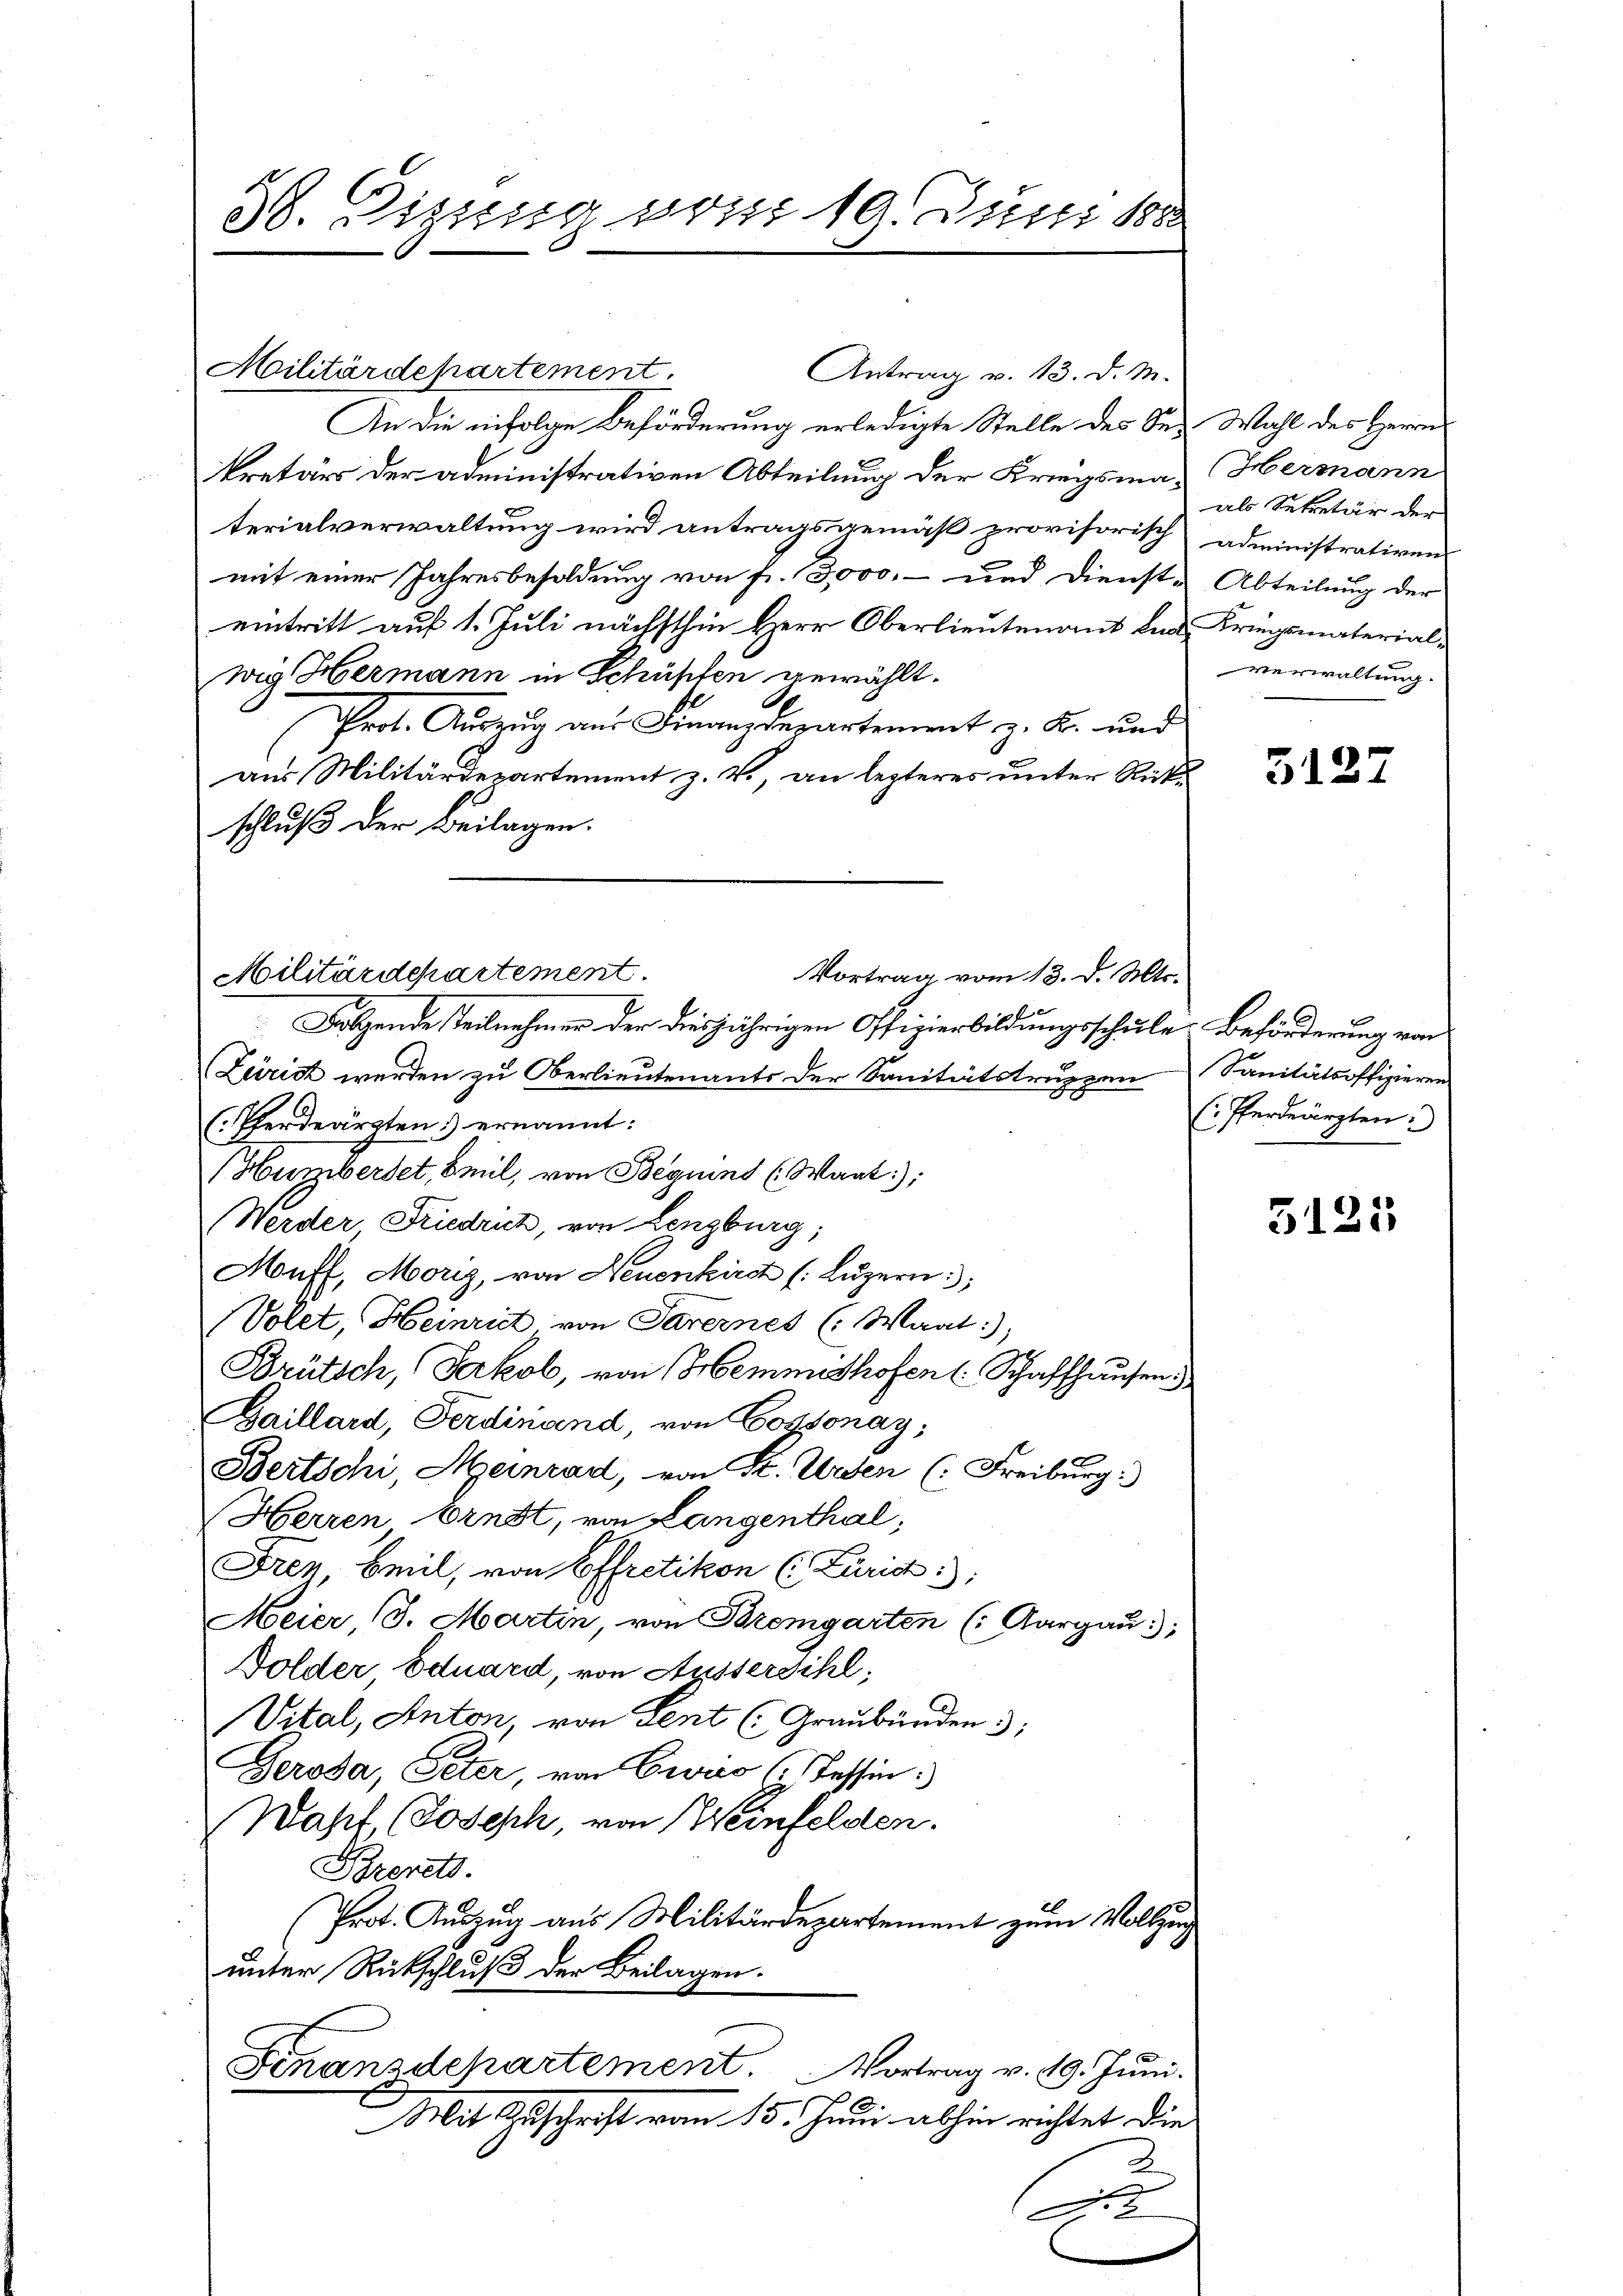
38. Diessung vom 10. Juni 188

Militärdehartement.
Antrag v. 13. d. M.
An die infolge Beförderung erledigte Stelle des Sekretärs der administrativen Abteilung der Kriegsma- Hermann
terialverwaltung wird antragsgemäß provisorisch administrativen
mit einer Jahresbesoldung von fr. 3,000, und Dienst-Abteilung der
eintritt auf 1. Juli nächsthin Herr Oberlieutenant der Kriegsmaterialwig Hermann in Schüpfen gewählt.
Prot. Auszug aus Finanzdepartement z. K. und
aus Militärdepartement z. V., an lezteres unter Rücks
schluß der Beilagen.
Militärdepartement
Vortrag vom 13. d. Mts.

Folgende steilnehmen der diesjährigen Offizierbildungsschule Beförderung von
Zeirich werden zu Oberlieutenants der Sanitätstruppen
(Pferdeärzten ernannt:
Hurzwerdet, Beil, von Bequent (Want);
Werder Friedrich, von Lenzburg;
Mouff, Moriz, von Neuenkirch (Luzern;
Volet, Heinrich von Parernes (Waat:)
Brütsch, Jakob, von Hemmnshofen (Schaffhausen
Baillard, Ferdinand, von Cossonay,
Bertschi, Meinrad, von St. Ursen (Freiburg:
Herren Ernst, von Langenthal,
Eren Beil, von Effretikon (Züric
Meier (3. Martin, von Bremgarten (: Aargau;
Dolder Eduard, von Aussersihl,
Vital, Anton von Sent (Graubünden 3:
2
Gerosa, Peter, von Cwuo (Tessin:
Wahrt, (Joseph, von Weinfelden.
Brevets.
Prot. Auszug aus Militärdepartement zum Vollzung
unter Rückschluß der Beilagen.

Finanzdepartement. Vortrag v. 19. Juni.
Mit Zuschrift vom 15. Juni abhin richtet die

2
A.2

Wahl des Herrn
als Sekretär der
verwaltung.

312.

Sanitätsoffizieren
(Pferdeärzten.

5125